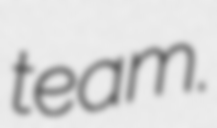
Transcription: team.